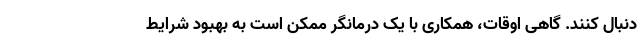
دنبال کنند. گاهی اوقات، همکاری با یک درمانگر ممکن است به بهبود شرایط